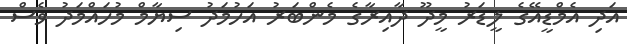
އަދި އެމްޑީއޭގެ ލީޑަރު މީދޫ ދާއިރާގެ މެންބަރު އަހުމަދު ސިޔާމް މުހައްމަދު ވެސް